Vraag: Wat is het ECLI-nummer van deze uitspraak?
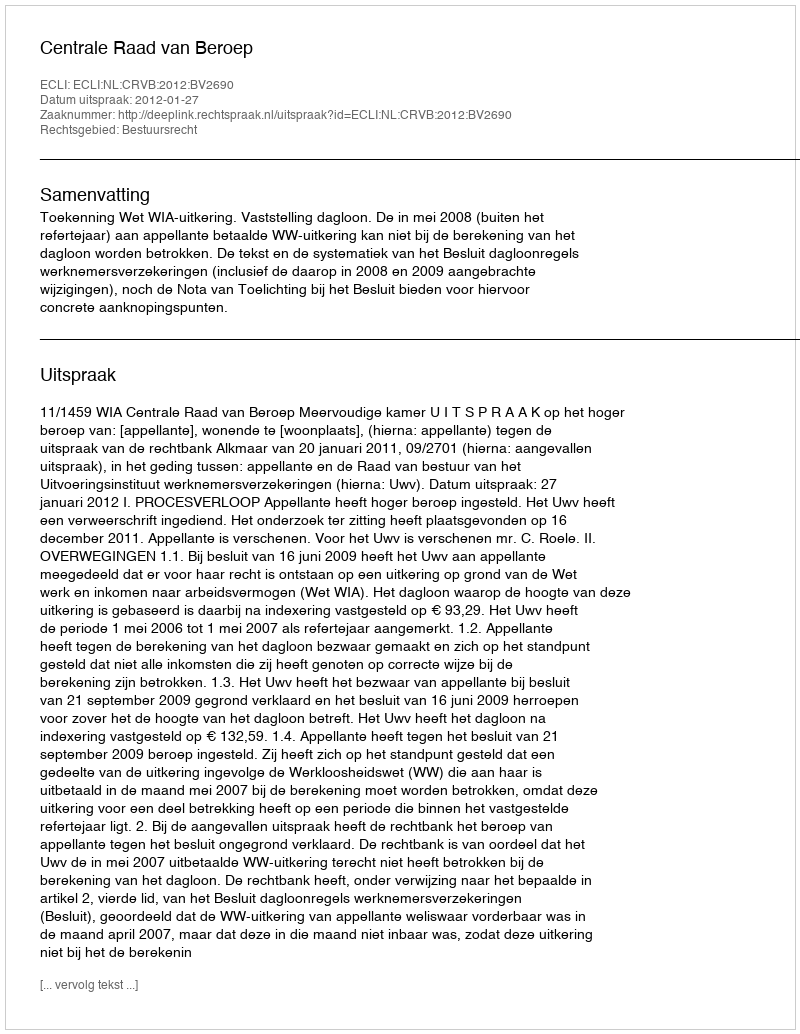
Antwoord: ECLI:NL:CRVB:2012:BV2690